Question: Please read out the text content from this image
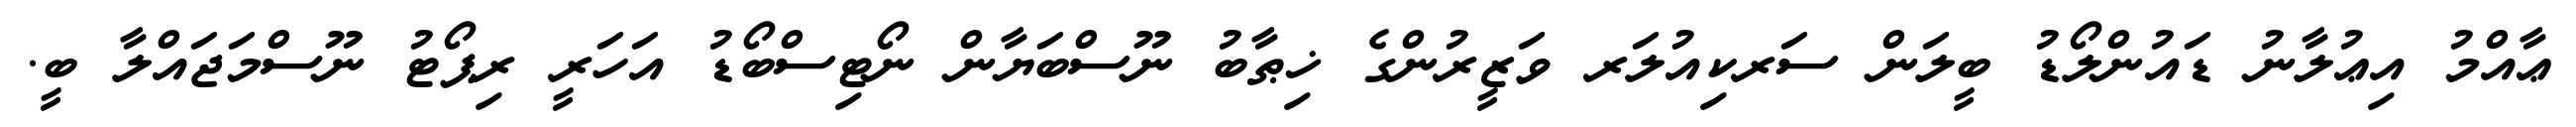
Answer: ޢާއްމު އިޢުލާނު ޑައުންލޯޑު ބީލަން ސަރކިއުލަރ ވަޒީރުންގެ ޚިޠާބު ނޫސްބަޔާން ނޯޓިސްބޯޑު އަހަރީ ރިޕޯޓު ނޫސްމަޖައްލާ ބީ.